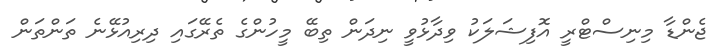
ޖެންޑާ މިނިސްޓްރީ އޮފިޝަލަކު ވިދާޅުވީ ނިދަން ތިބޭ މީހުންގެ ތެރޭގައި ދިރިއުޅޭނެ ތަންތަން